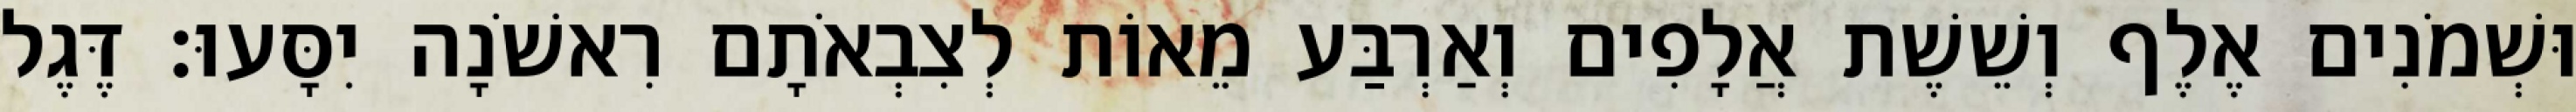
וּשְׁמֹנִים אֶלֶף וְשֵׁשֶׁת אֲלָפִים וְאַרְבַּע מֵאוֹת לְצִבְאֹתָם רִאשֹׁנָה יִסָּעוּ׃ דֶּגֶל